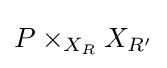
P\times _{X_{R}}X_{R'}